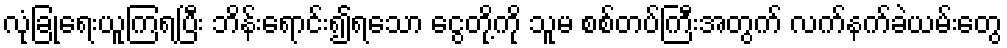
လုံခြုံရေးယူကြရပြီး ဘိန်းရောင်း၍ရသော ငွေတို့ကို သူမ စစ်တပ်ကြီးအတွက် လက်နက်ခဲယမ်းတွေ